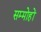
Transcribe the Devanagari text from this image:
सम्मोहों